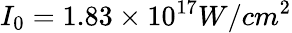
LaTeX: I_{0}=1.83\times 10^{17}W/cm^{2}